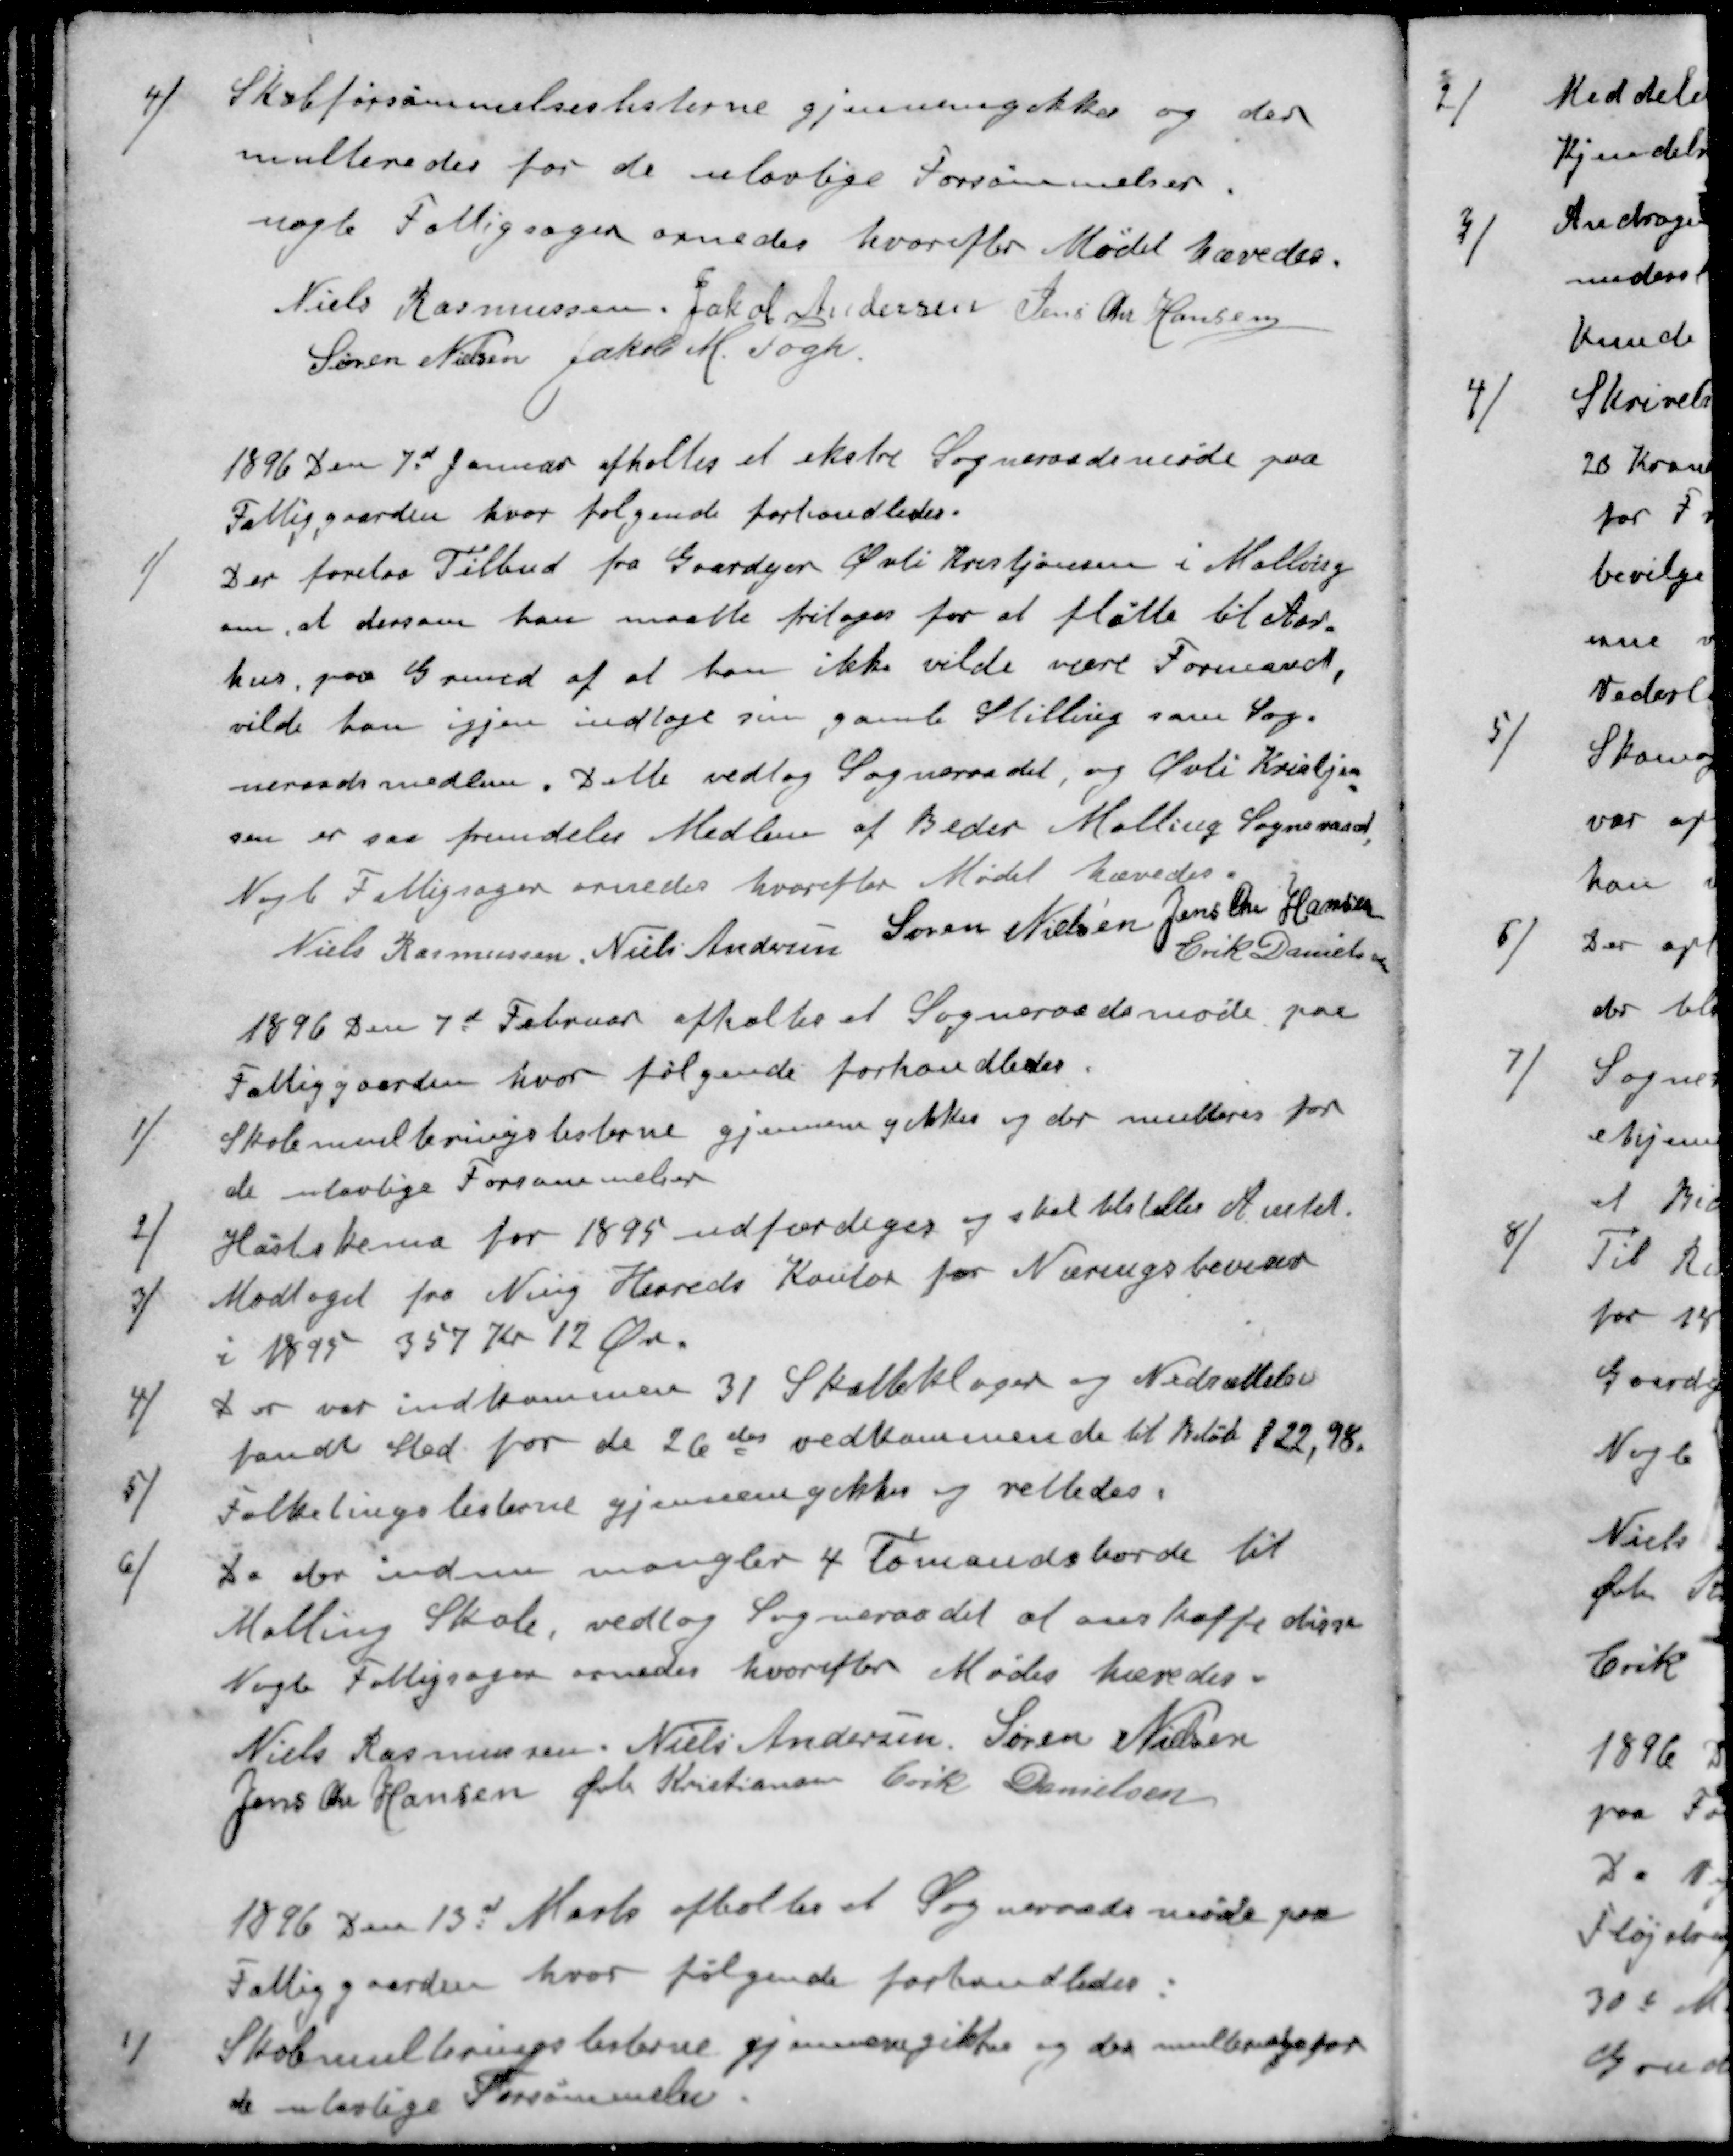
Transskription:
4 )Skoleforsømmelseslisterne gjennemgikkes og der
multeredes for de ulovlige Forsømmelser
nogle Fattigsager ornedes hvorefter Mødet hævedes.
Niels Rasmussen
Jakob Andersen
Jens Chr Hansen
Søren Nielsen
Jakob M. Fogh.
1896 den 7d Januar afholtes et ekstre Sogneraadsmøde paa
Fattiggaarden hvor følgende forhandledes.
1 ) Der forelaa Tilbud fra Gaardejer Øvli Kristjansen i Malling
om, at dersom han maatte fritages for at fløtte til Aar-
hus, paa Grund af at han ikke vilde være Formand,
vilde han igjen indtage sin gamle Stilling som Sog-
neraadsmedlem. Dette vedtog Sogneraadet, og Øvli Kristjan-
sen er saa fremdeles Medlem af Beder Malling Sogneraad,
Nogle Fattigsager ornedes hvorefter Mødet hævedes.
Niels Rasmussen
Niels Andersen
Søren Nielsen
Jens Chr Hansen
Erik Danielsen
1896 den 7d Februar afholtes et Sogneraadsmøde paa
Fattiggaarden, hvor følgende forhandledes.
1 ) Skolemulteringslisterne gjennemgikkes og der multeres for
de ulovlige Forsømmelser
2 ) Høstskema for 1895 udfærdiges og skal tilstilles Amtet.
3 ) Modtaget fra Ning Herreds Kontor for Næringsbeviser
i 1895 357 Kr 12 Øre.
4 ) Der var indkommen 31 Skatteklager og Nedsættelser
fandt Sted for de 26 des vedkommende til Beløb 122,98.
5 ) Folketingslisterne gjennemgikkes og rettedes.
6 ) Da der indnu mangler 4 Tomandsborde til
Malling Skole, vedtog Sogneraadet at anskaffe disse
Nogle Fattigsager ornedes hvorefter Mødet hævedes.
Niels Rasmussen
Niels Andersen
Søren Nielsen
Jens Chr Hansen
Øvli Kristiansen
Erik Danielsen
1896 den 13d Marts afholtes et Sogneraadsmøde paa
Fattiggaarden hvor følgende forhandledes
1 ) Skolemulteringslisterne gjennemgikkes og der multeredes
de ulovlige Forsømmelser